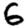
Digit: 6